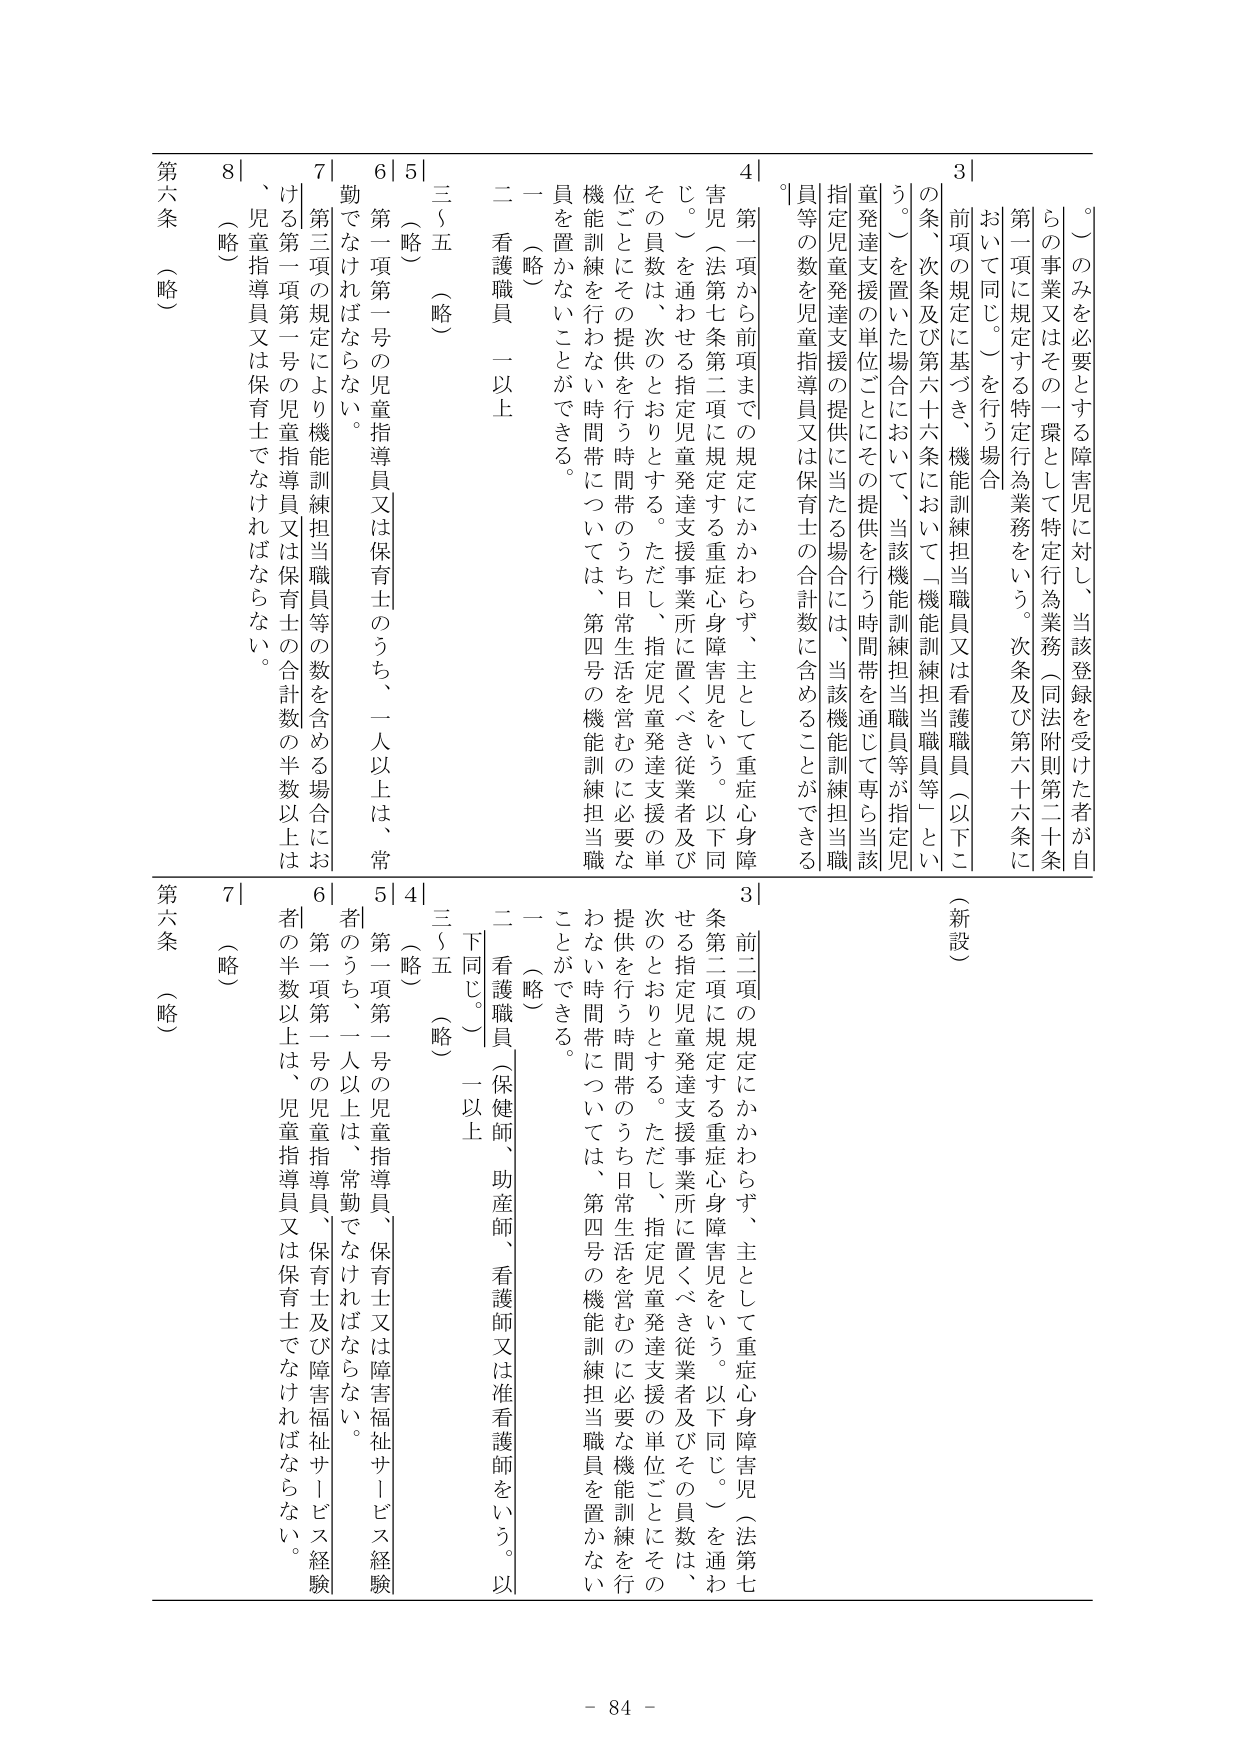
第六条（略）
8｜（略）
7｜第三項の規定により機能訓練担当職員等の数を含める場合における第一項第一号の児童指導員又は保育士の合計数の半数以上は、児童指導員又は保育士でなければならない。
6｜第一項第一号の児童指導員又は保育士のうち、一人以上は、常勤でなければならない。
5｜（略）
三～五（略）
二 看護職員 一以上
一（略）
4｜第一項から前項までの規定にかかわらず、主として重症心身障害児（法第七条第二項に規定する重症心身障害児をいう。以下同じ。）を通わせる指定児童発達支援事業所に置くべき従業者及びその員数は、次のとおりとする。ただし、指定児童発達支援の単位ごとにその提供を行う時間帯のうち日常生活を営むのに必要な機能訓練を行わない時間帯については、第四号の機能訓練担当職員を置かないことができる。
3｜前項の規定に基づき、機能訓練担当職員又は看護職員（以下この条、次条及び第六十六条において「機能訓練担当職員等」という。）を置いた場合において、当該機能訓練担当職員等が指定児童発達支援の単位ごとにその提供を行う時間帯を通じて専ら当該指定児童発達支援の提供に当たる場合には、当該機能訓練担当職員等の数を児童指導員又は保育士の合計数に含めることができる。
（新設）

第六条（略）
7｜（略）
6｜第一項第一号の児童指導員、保育士又は障害福祉サービス経験者のうち、一人以上は、常勤でなければならない。
5｜第一項第一号の児童指導員、保育士及び障害福祉サービス経験者の半数以上は、児童指導員又は保育士でなければならない。
4｜（略）
三～五（略）
二 看護職員（保健師、助産師、看護師又は准看護師をいう。以下同じ。）一以上
一（略）
3｜前二項の規定にかかわらず、主として重症心身障害児（法第七条第二項に規定する重症心身障害児をいう。以下同じ。）を通わせる指定児童発達支援事業所に置くべき従業者及びその員数は、次のとおりとする。ただし、指定児童発達支援の単位ごとにその提供を行う時間帯のうち日常生活を営むのに必要な機能訓練を行わない時間帯については、第四号の機能訓練担当職員を置かないことができる。

- 84 -